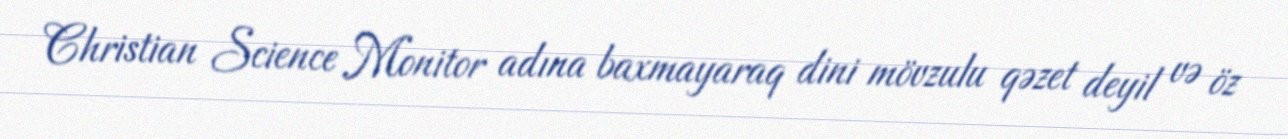
Christian Science Monitor adına baxmayaraq dini mövzulu qəzet deyil və öz